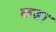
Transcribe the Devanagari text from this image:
कढा